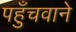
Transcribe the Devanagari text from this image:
पहुँचवाने